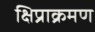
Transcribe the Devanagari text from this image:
क्षिप्राक्रमण